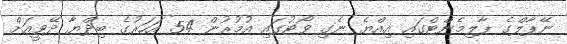
ނޭޕާލްގެ ޕާލިމެންޓްގައި އިއްޔެ ނެގި ވޯޓުގައި އުމުރުން 54 އަހަރުގެ ބިދްޔާ ދޭވީއަށް